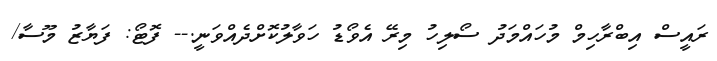
ރައީސް އިބްރާހިމް މުހައްމަދު ސޯލިހު މިރޭ އެވޯޑު ހަވާލުކޮށްދެއްވަނީ.-- ފޮޓޯ: ފަޔާޒު މޫސާ/